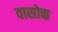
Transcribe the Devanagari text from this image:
वासोक्त